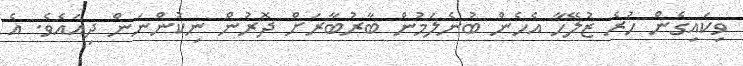
ވިކައިގެން ހުރެ ޒުލޭހާ އެހެން ބުނެލަމުން ބާރުބާރަށް ދޮރުން ނިކުންނަން ދިއައެވެ. އެ